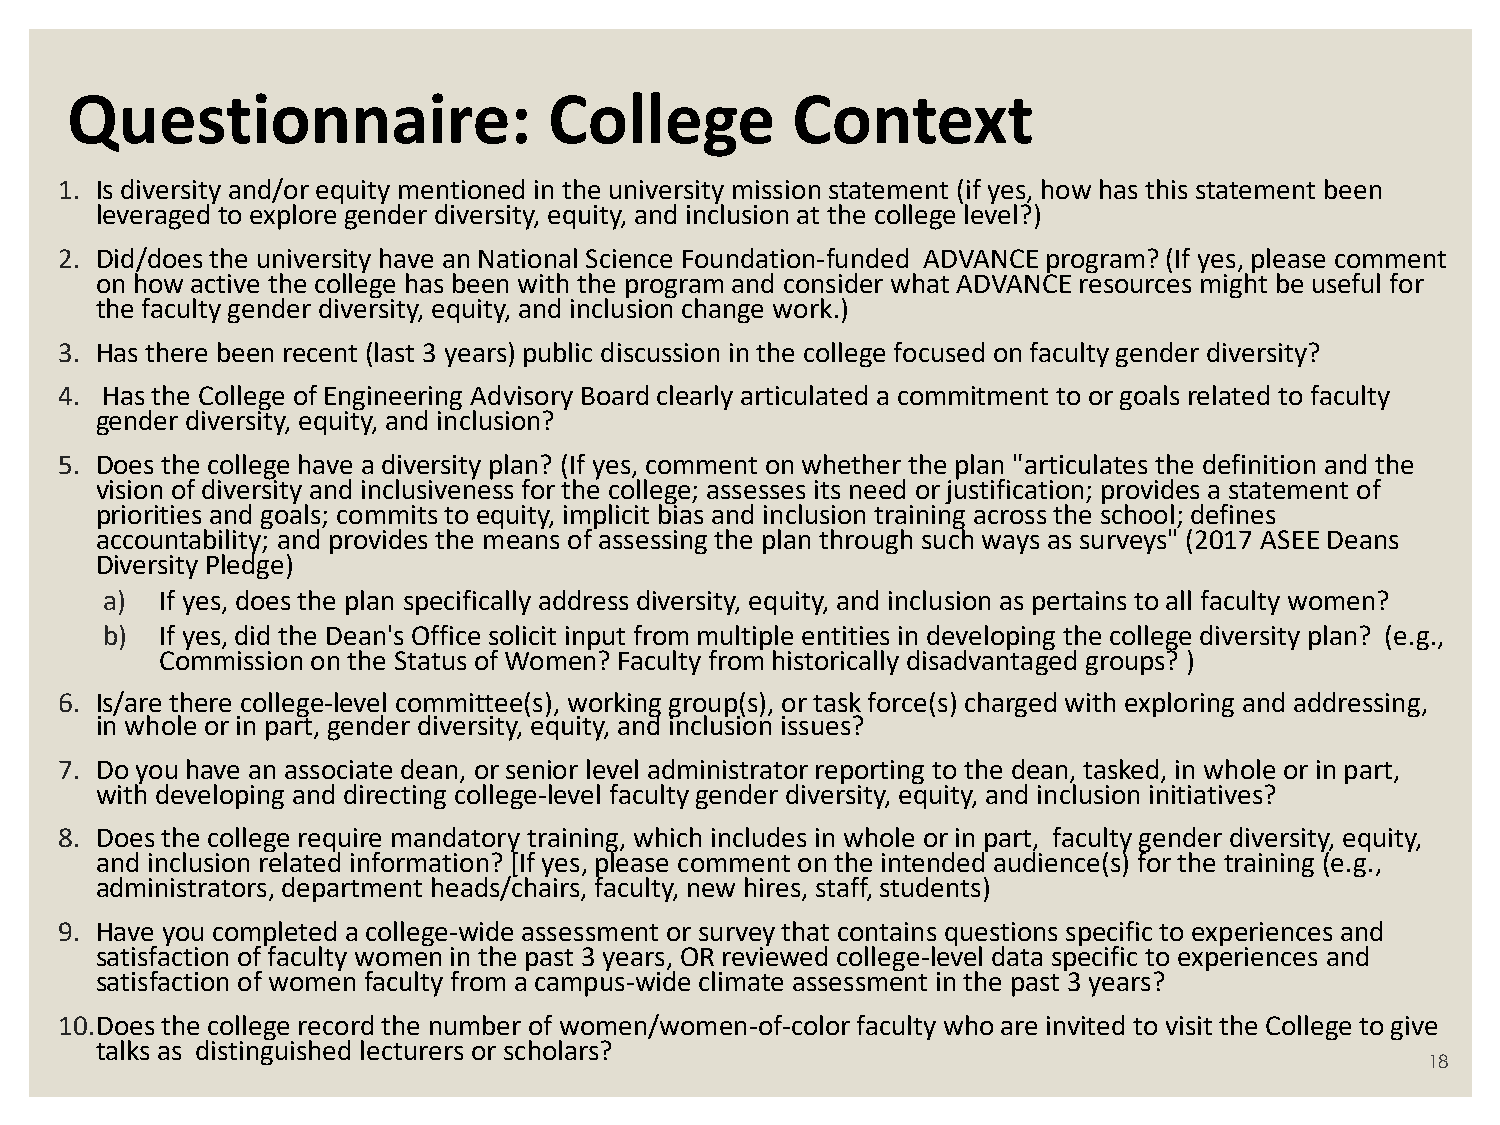
Questionnaire:                  College         Context
 1. Is diversity and/or equity mentioned in the university mission statement (if yes, how has this statement been
 leveraged to explore gender diversity, equity, and inclusion at the college level?)
 2. Did/does the university have an National Science Foundation-funded ADVANCE program? (If yes, please comment
 on how active the college has been with the program and consider what ADVANCE resources might be useful for
 the faculty gender diversity, equity, and inclusion change work.)
 3. Has there been recent (last 3 years) public discussion in the college focused on faculty gender diversity?
 4. Has the College of Engineering Advisory Board clearly articulated a commitment to or goals related to faculty
 gender diversity, equity, and inclusion?
 5. Does the college have a diversity plan? (If yes, comment on whether the plan "articulates the definition and the
 vision of diversity and inclusiveness for the college; assesses its need or justification; provides a statement of
 priorities and goals; commits to equity, implicit bias and inclusion training across the school; defines
 accountability; and provides the means of assessing the plan through such ways as surveys" (2017 ASEE Deans
 Diversity Pledge)
 a)  If yes, does the plan specifically address diversity, equity, and inclusion as pertains to all faculty women?
 b)  If yes, did the Dean's Office solicit input from multiple entities in developing the college diversity plan? (e.g.,
 Commission on the Status of Women? Faculty from historically disadvantaged groups? )
 6. Is/are there college-level committee(s), working group(s), or task force(s) charged with exploring and addressing,
 in whole or in part, gender diversity, equity, and inclusion issues?
 7. Do you have an associate dean, or senior level administrator reporting to the dean, tasked, in whole or in part,
 with developing and directing college-level faculty gender diversity, equity, and inclusion initiatives?
 8. Does the college require mandatory training, which includes in whole or in part, faculty gender diversity, equity,
 and inclusion related information? [If yes, please comment on the intended audience(s) for the training (e.g.,
 administrators, department heads/chairs, faculty, new hires, staff, students)
 9. Have you completed a college-wide assessment or survey that contains questions specific to experiences and
 satisfaction of faculty women in the past 3 years, OR reviewed college-level data specific to experiences and
 satisfaction of women faculty from a campus-wide climate assessment in the past 3 years?
 10.Does the college record the number of women/women-of-color faculty who are invited to visit the College to give
 talks as distinguished lecturers or scholars?
 18